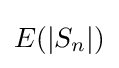
E(|S_{n}|)\,\!